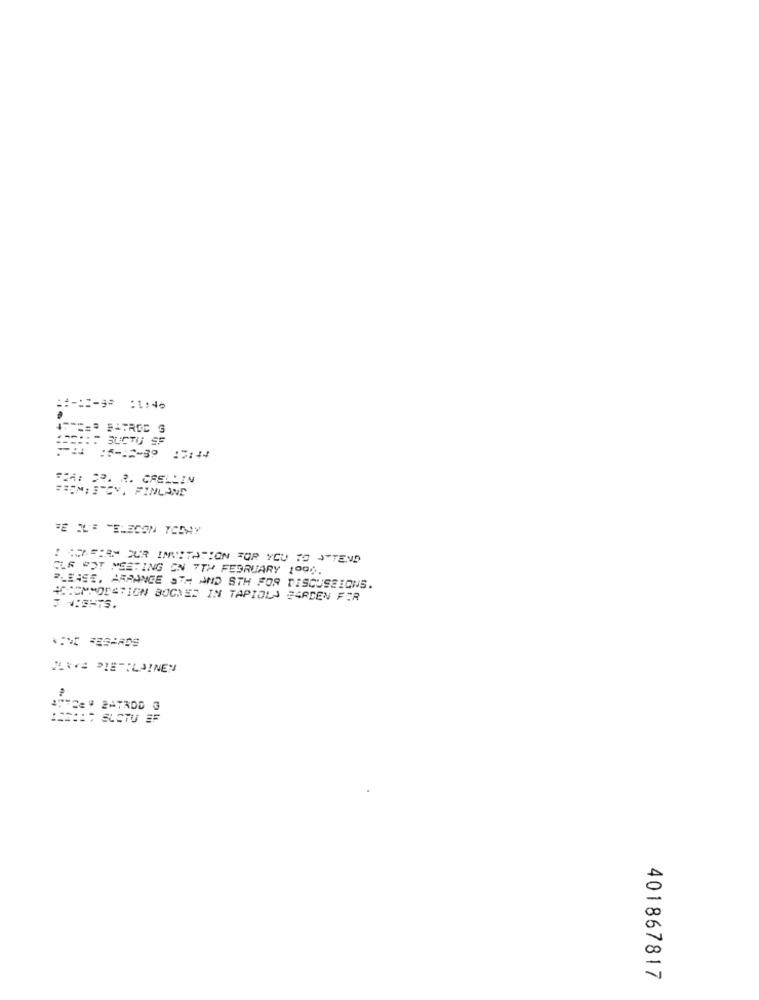
==== 2-9 :1,4
:::: SUCTU SF
--.
:5-12-39
DEA: DR. R. CFELLIN
=REMISCY, FINLAND
TE DLE TELECON TODAY
: COPPIAYOUR INVITATION FOR YOU TO "TEND
CLR SOT MEETING ON 7TH FEBRUARY 1990.
PLEASE. ARRANGE STH AND STH FOR DISCUSSIONS.
ACCOMMODATION BOGNED IN TAPIOLA GARDEN FOR
JAKVE DIETILAINEN
:** C= # ZATRDD 3
:####; SUSTU BF
401867817